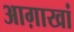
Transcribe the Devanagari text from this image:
आग़ाखां